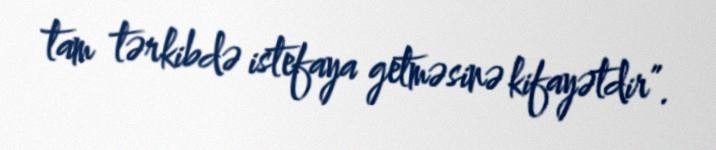
tam tərkibdə istefaya getməsinə kifayətdir”.